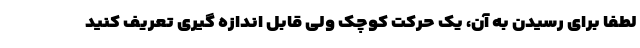
لطفا برای رسیدن به آن، یک حرکت کوچک ولی قابل اندازه گیری تعریف کنید